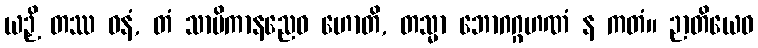
ယဉှိ တဿ ဓနံ, တံ သာမိကာနညေဝ ဟောတိ, တသ္မာ ဘောဂဂ္ဂဟဏံ န ကတံ။ ဉာတိယေဝ